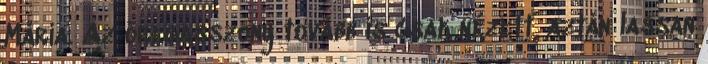
Mária. Az öregasszony tovább is csak nézett, aztán lassan